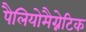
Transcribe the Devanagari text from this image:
पैलियोमैग्नेटिक